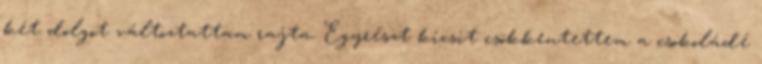
két dolgot változtattam rajta. Egyrészt kicsit csökkentettem a csokoládé